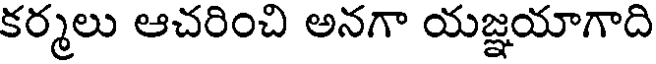
కర్మలు ఆచరించి అనగా యజ్ఞయాగాది